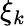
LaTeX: \xi_{k}